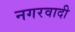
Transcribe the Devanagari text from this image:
नगरवादी